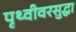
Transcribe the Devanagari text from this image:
पृथ्वीवरसुद्धा